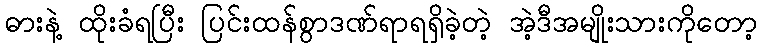
ဓားနဲ့ ထိုးခံရပြီး ပြင်းထန်စွာဒဏ်ရာရရှိခဲ့တဲ့ အဲ့ဒီအမျိုးသားကိုတော့